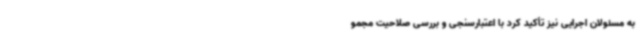
به مسئولان اجرایی نیز تأکید کرد با اعتبارسنجی و بررسی صلاحیت مجمو